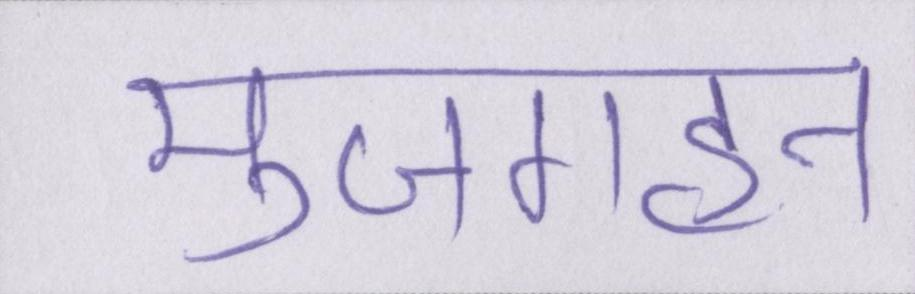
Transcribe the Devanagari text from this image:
मुजगहन